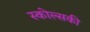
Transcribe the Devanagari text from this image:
स्कोल्सकी